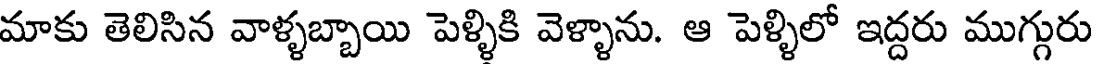
మాకు తెలిసిన వాళ్ళబ్బాయి పెళ్ళికి వెళ్ళాను. ఆ పెళ్ళిలో ఇద్దరు ముగ్గురు